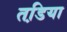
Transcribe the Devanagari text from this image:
तडि़या